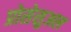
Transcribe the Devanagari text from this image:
प्रोसेसुअल